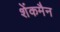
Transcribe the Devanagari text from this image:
शेंकमैन